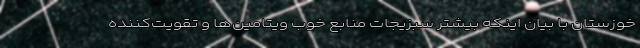
خوزستان با بیان اینکه بیشتر سبزیجات منابع خوب ویتامین‌ها و تقویت‌کننده